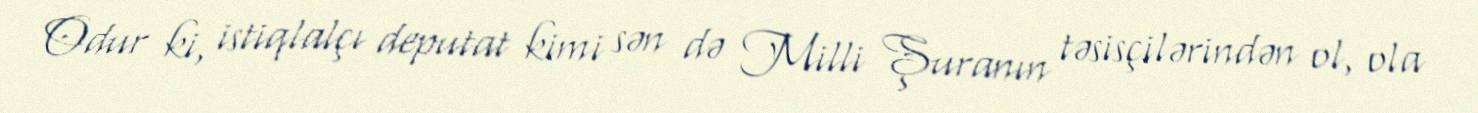
Odur ki, istiqlalçı deputat kimi sən də Milli Şuranın təsisçilərindən ol, ola